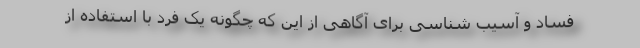
فساد و آسیب شناسی برای آگاهی از این که چگونه یک فرد با استفاده از